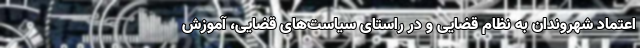
اعتماد شهروندان به نظام قضایی و در راستای سیاست‌های قضایی، آموزش